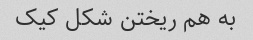
به هم ریختن شکل کیک